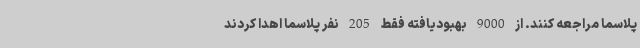
پلاسما مراجعه کنند. از 9000 بهبودیافته فقط 205 نفر پلاسما اهدا کردند